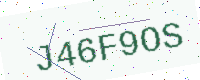
Text: J46F9OS